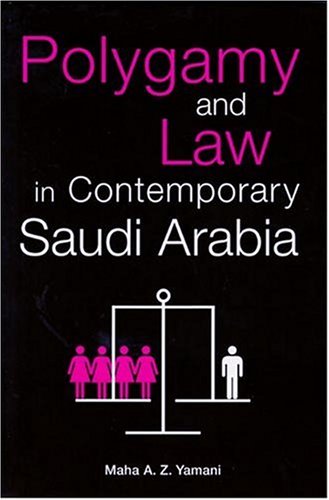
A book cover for Polygamy and Law in Contemporary Saudi Arabia (Exeter Arab and Islamic); Maha A. Z. Yamani; Law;